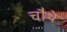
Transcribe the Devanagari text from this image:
चाैथे